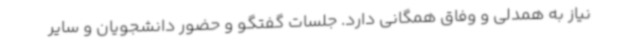
نیاز به همدلی و وفاق همگانی دارد. جلسات گفتگو و حضور دانشجویان و سایر